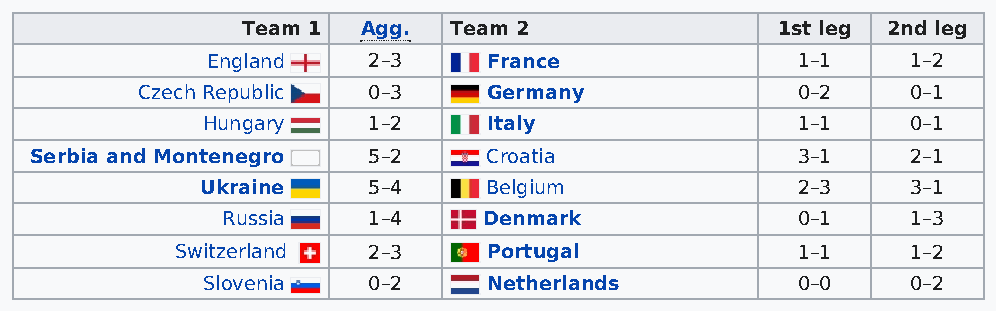
Team 1  Agg.  Team 2               1st leg 2nd leg
 England   2–3     France               1–1    1–2
 Czech Republic 0–3     Germany              0–2    0–1
 Hungary    1–2     Italy                1–1    0–1
 Serbia and Montenegro 5–2     Croatia              3–1    2–1
 Ukraine    5–4     Belgium              2–3    3–1
 Russia   1–4     Denmark              0–1    1–3
 Switzerland 2–3     Portugal             1–1    1–2
 Slovenia   0–2     Netherlands          0–0    0–2